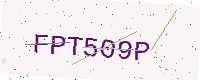
Text: FPT509P